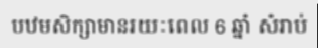
បឋមសិក្សាមានរយៈពេល 6 ឆ្នាំ សំរាប់